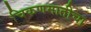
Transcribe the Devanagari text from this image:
चिकणमातीचा